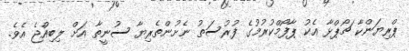
ޕްރިޔަންކާ ޗޯޕްޅާ އެކު ޕާފޯމްކުރުމުގެ ފުރުސަތު ނެށުންތެރިޔާ ސުނީތާ އަށް ލިބިއްޖެ އެވެ.